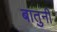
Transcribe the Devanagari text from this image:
बातुनी